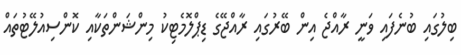
ބިލުގައި ބުނެފައި ވަނީ ރާއްޖެ އިން ބޭރުގައި ރާއްޖޭގެ ޑިޕްލޮމެޓިކު މިންޝަންތަކާއި ކޮންސިއުލޭޓުތައް